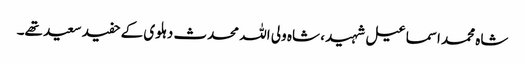
شاہ محمد اسماعیل شہید ، شاہ ولی اللہ محدث دہلوی کے حفید سعید تھے۔